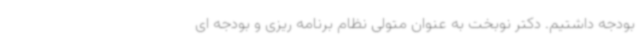
بودجه داشتیم. دکتر نوبخت به عنوان متولی نظام برنامه ریزی و بودجه ای